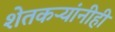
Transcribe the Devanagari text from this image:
शेतकऱ्यांनीही